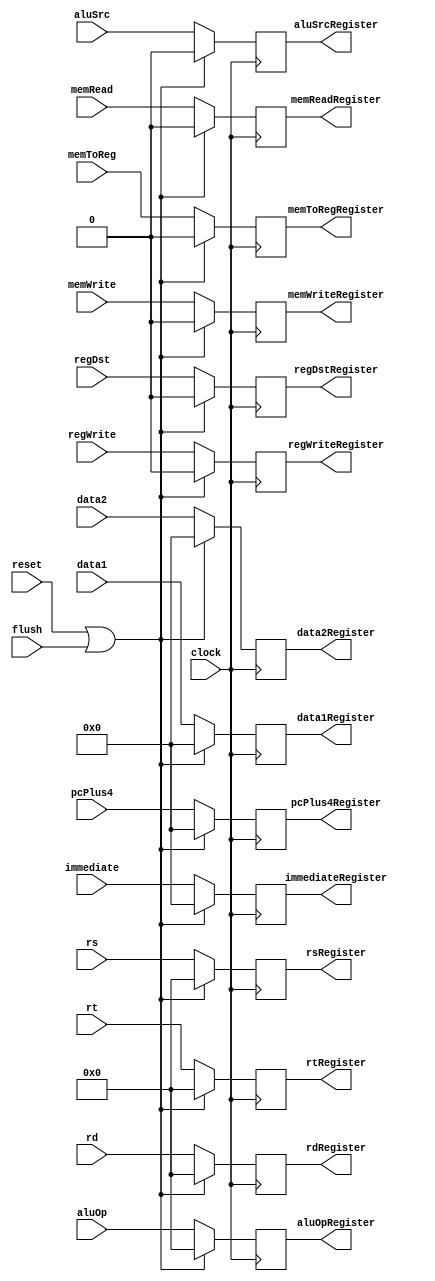

`ifndef _id_ex
`define _id_ex
module id_ex(
      input clock, reset,
      input flush,
      input [4:0] aluOp, //EX
      input regDst, aluSrc, //EX
      input memRead, memWrite,//MEM
      input memToReg, regWrite, // WB
      input [4:0] rs,rt,rd,
      input [31:0] pcPlus4, data1, data2, immediate,
      output reg[4:0] aluOpRegister,
      output reg regDstRegister, aluSrcRegister,
      output reg memToRegRegister, regWriteRegister,
      output reg memWriteRegister, memReadRegister,
      output reg [4:0] rsRegister, rtRegister, rdRegister,
      output reg [31:0] pcPlus4Register, data1Register, data2Register,immediateRegister
);

      always@(posedge clock) begin
        if(reset || flush) begin
          memToRegRegister = 0;
          regWriteRegister = 0;
          memReadRegister = 0;
          memWriteRegister = 0;
          rsRegister = 0;
          rtRegister = 0;
          rdRegister = 0;
          pcPlus4Register = 0;
          data1Register = 0;
          data2Register = 0;
          immediateRegister = 0;
          aluOpRegister = 0;
          regDstRegister = 0;
          aluSrcRegister = 0;
        end
        else begin
          memToRegRegister <= memToReg; //WB
          regWriteRegister <= regWrite; //WB
          memReadRegister <= memRead; //MEM
          memWriteRegister <= memWrite; //MEM
          rsRegister <= rs; //Rs Register
          rtRegister <= rt; //Rt Register
          rdRegister <= rd; //Supose Rd Register
          pcPlus4Register <= pcPlus4; //PC instruction
          data1Register <= data1; //Data on Rs
          data2Register <= data2; //Data on Rt
          immediateRegister <= immediate; //Immmediate Value 32 bits
          aluOpRegister <= aluOp; //EX
          regDstRegister <= regDst; //EX
          aluSrcRegister <= aluSrc; //EX
        end
      end
endmodule

`endif